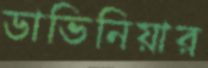
ডাভিনিয়ার